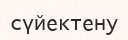
сүйектену